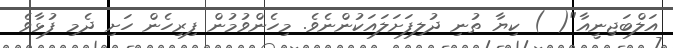
އަލްބަޖިނީއާ"( ) ކިޔާ ތުނި ދުލިފަށަލައަކުންނެވެ. މިހެންވުމުން ފިރިހެން ހަށި ދެމި ފުޅާވެ